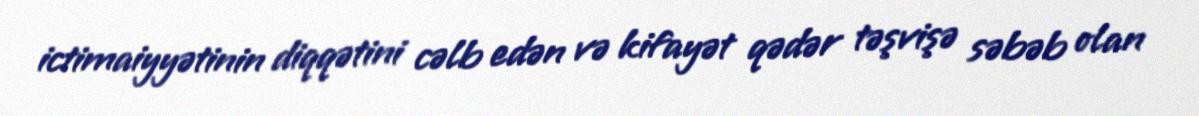
ictimaiyyətinin diqqətini cəlb edən və kifayət qədər təşvişə səbəb olan